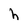
Character: h